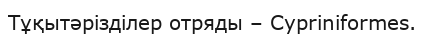
Тұқытәрізділер отряды – Cypriniformes.